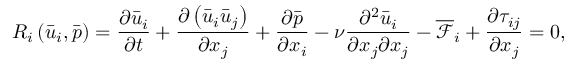
{ R _ { i } } \left( { { { \bar { u } } _ { i } } , \bar { p } } \right) = \frac { { \partial { { \bar { u } } _ { i } } } } { { \partial t } } + \frac { { \partial \left( { { { \bar { u } } _ { i } } { { \bar { u } } _ { j } } } \right) } } { { \partial { x _ { j } } } } + \frac { { \partial \bar { p } } } { { \partial { x _ { i } } } } - \nu \frac { { { \partial ^ { 2 } } { { \bar { u } } _ { i } } } } { { \partial { x _ { j } } \partial { x _ { j } } } } - { \overline { { \mathcal F } } _ { i } } + \frac { { \partial { \tau _ { i j } } } } { { \partial { x _ { j } } } } = 0 ,